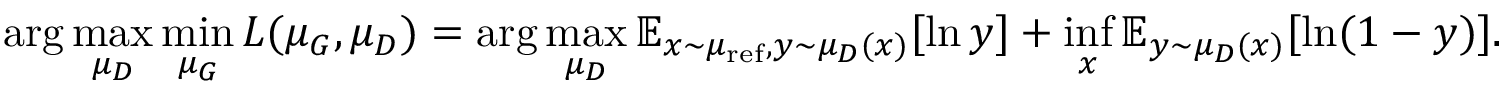
\arg \operatorname* { m a x } _ { \mu _ { D } } \operatorname* { m i n } _ { \mu _ { G } } L ( \mu _ { G } , \mu _ { D } ) = \arg \operatorname* { m a x } _ { \mu _ { D } } \mathbb { E } _ { x \sim \mu _ { \mathrm { r e f } } , y \sim \mu _ { D } ( x ) } [ \ln y ] + \operatorname* { i n f } _ { x } \mathbb { E } _ { y \sim \mu _ { D } ( x ) } [ \ln ( 1 - y ) ] .